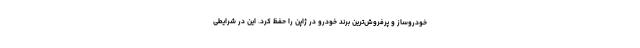
خودروساز و پرفروش‌ترین برند خودرو در ژاپن را حفظ کرد. این در شرایطی